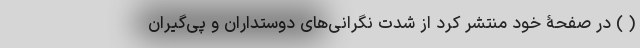
(‌ ) در صفحۀ خود منتشر کرد از شدت نگرانی‌های دوستداران و پی‌گیران